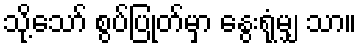
သို့သော် စွပ်ပြုတ်မှာ နွေးရုံမျှ သာ။